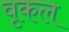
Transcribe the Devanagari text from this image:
वृकल